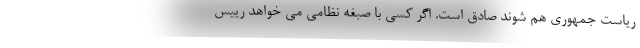
ریاست جمهوری هم شوند صادق است. اگر کسی با صبغه نظامی می خواهد رییس